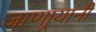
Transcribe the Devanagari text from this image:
जाणार्‍यांनी